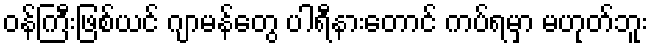
ဝန်ကြီးဖြစ်ယင် ဂျာမန်တွေ ပါရီနားတောင် ကပ်ရမှာ မဟုတ်ဘူး